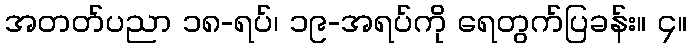
အတတ်ပညာ ၁၈-ရပ်၊ ၁၉-အရပ်ကို ရေတွက်ပြခန်း။ ၄။